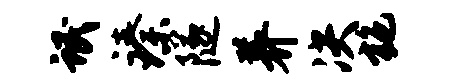
氓臻隧养决施